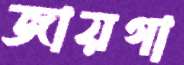
জায়গা